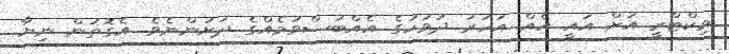
ވިކްޓްރީ އަށް އައީ އެއް އަހަރު ދުވަހުގެ އެއްބަސްވުމެއްގެ ދަށުންނެވެ. އެގޮތުން ނިޔާ